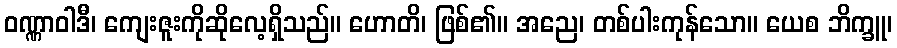
ဝဏ္ဏာဝါဒီ၊ ကျေးဇူးကိုဆိုလေ့ရှိသည်။ ဟောတိ၊ ဖြစ်၏။ အညေ၊ တစ်ပါးကုန်သော။ ယေစ ဘိက္ခူ၊